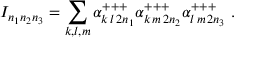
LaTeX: I _ { n _ { 1 } n _ { 2 } n _ { 3 } } = \sum _ { k , l , m } \alpha _ { k \, l \, 2 n _ { 1 } } ^ { + + + } \alpha _ { k \, m \, 2 n _ { 2 } } ^ { + + + } \alpha _ { l \, m \, 2 n _ { 3 } } ^ { + + + } \; .